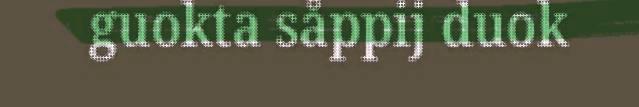
guokta såppij duok